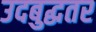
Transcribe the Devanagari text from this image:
उदबुद्धतर